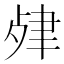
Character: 𦘖